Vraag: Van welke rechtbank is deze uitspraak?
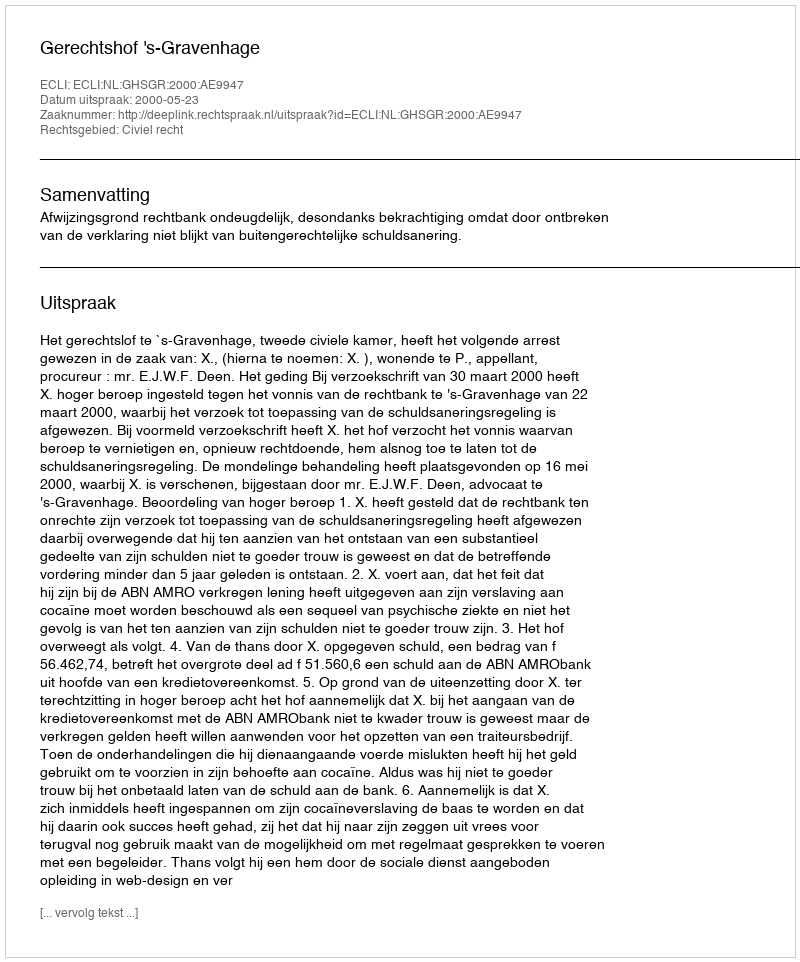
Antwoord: Gerechtshof 's-Gravenhage